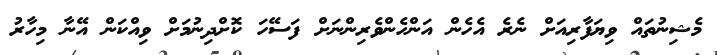
މެޝިނުތައް ވިޔަފާރިއަށް ނެރެ އެހެން އަންހެންވެރިންނަށް ފަސޭހަ ކޮށްދިނުމަށް ވިއްކަން އޭނާ މިހާރު